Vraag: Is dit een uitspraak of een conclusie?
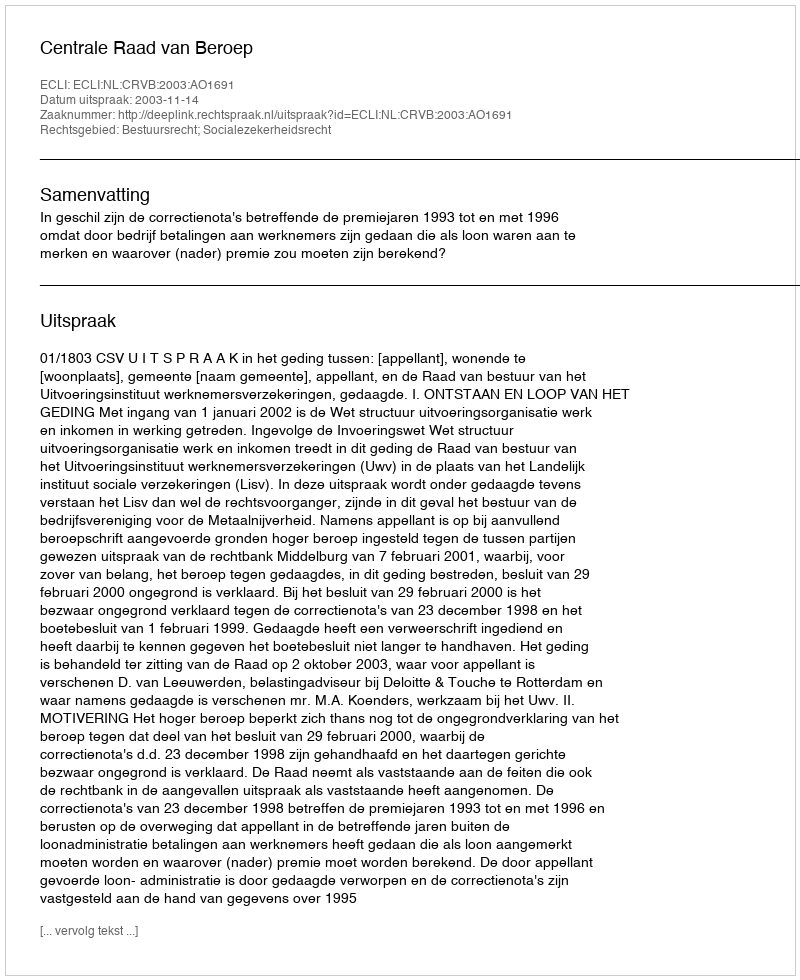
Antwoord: Uitspraak